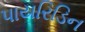
પાયરિડિન